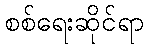
စစ်ရေးဆိုင်ရာ